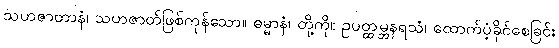
သဟဇာတာနံ၊ သဟဇာတ်ဖြစ်ကုန်သော။ ဓမ္မာနံ၊ တို့ကို။ ဥပတ္ထမ္ဘနရသံ၊ ထောက်ပံ့ခိုင်စေခြင်း